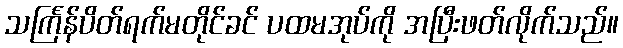
သင်္ကြန်ပိတ်ရက်မတိုင်ခင် ပထမအုပ်ကို အပြီးဖတ်လိုက်သည်။